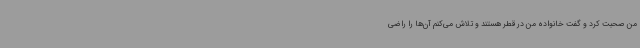
من صحبت کرد و گفت خانواده من در قطر هستند و تلاش می‌کنم آن‌ها را راضی